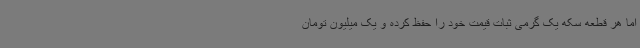
اما هر قطعه سکه یک گرمی ثبات قیمت خود را حفظ کرده و یک میلیون تومان